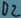
Text: D2